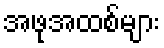
အဖုအထစ်များ